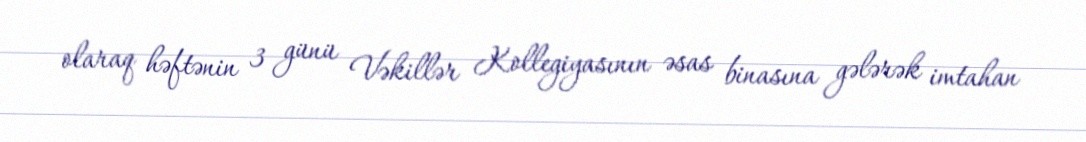
olaraq həftənin 3 günü Vəkillər Kollegiyasının əsas binasına gələrək imtahan